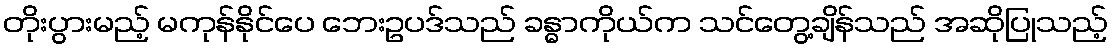
တိုးပွားမည့် မကုန်နိုင်ပေ ဘေးဥပဒ်သည် ခန္ဓာကိုယ်က သင်တွေ့ချိန်သည် အဆိုပြုသည့်